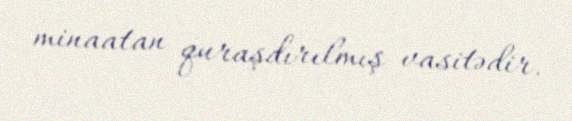
minaatan quraşdırılmış vasitədir.